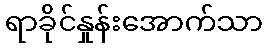
ရာခိုင်နှုန်းအောက်သာ